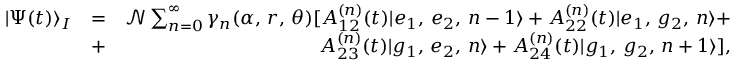
\begin{array} { r l r } { | \Psi ( t ) \rangle _ { I } } & { = } & { \mathcal { N } \sum _ { n = 0 } ^ { \infty } \gamma _ { n } ( \alpha , \, r , \, \theta ) [ A _ { 1 2 } ^ { ( n ) } ( t ) | e _ { 1 } , \, e _ { 2 } , \, n - 1 \rangle + A _ { 2 2 } ^ { ( n ) } ( t ) | e _ { 1 } , \, g _ { 2 } , \, n \rangle + } \\ & { + } & { A _ { 2 3 } ^ { ( n ) } ( t ) | g _ { 1 } , \, e _ { 2 } , \, n \rangle + A _ { 2 4 } ^ { ( n ) } ( t ) | g _ { 1 } , \, g _ { 2 } , \, n + 1 \rangle ] , } \end{array}